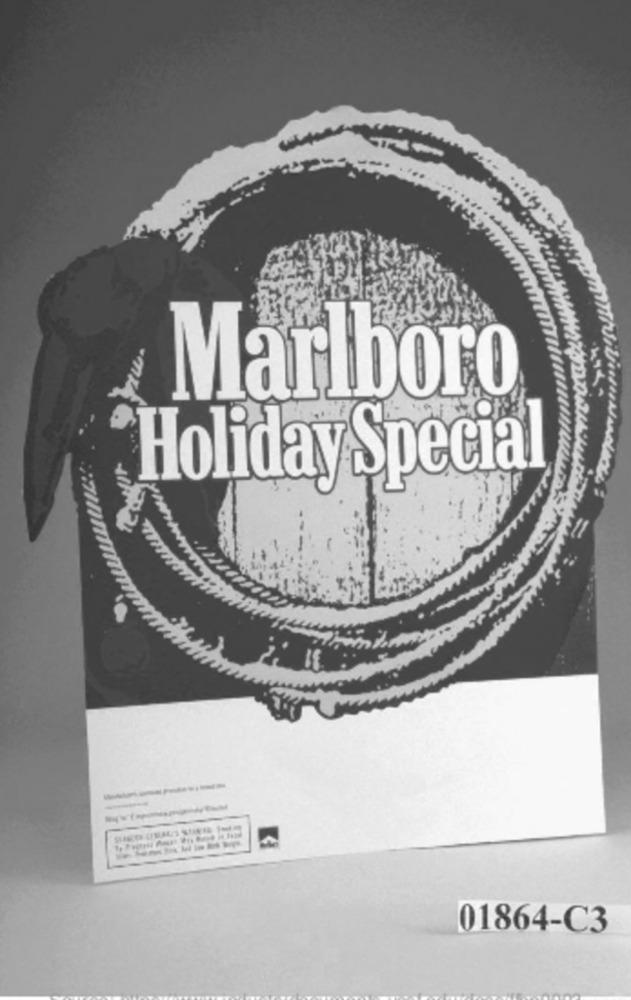
Marlboro
Holiday Special
-------
01864-C3